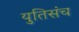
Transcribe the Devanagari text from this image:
युतिसंच